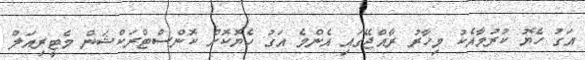
އަގު ހެޔޮ ކުރުމާއެކު މިހާރު ރާއްޖޭގައި އެންމެ އަގު ހެޔޮކޮށް ކޮންސްޓްރަކްޝަން މެޓީރިއަލް